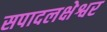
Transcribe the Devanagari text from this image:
सपादलक्षेश्वर